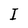
Character: I